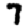
Digit: 7